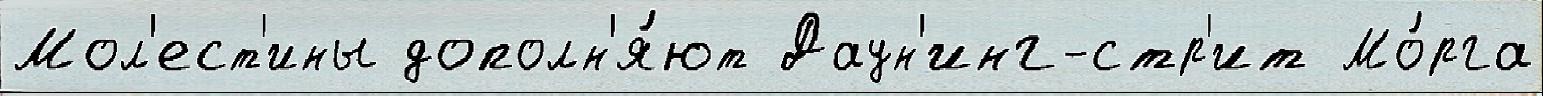
Мол'ест'ины дополн'я́ют Даун'инг-стр'ит Мо́рга